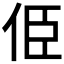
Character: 𠈄